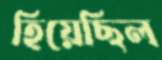
হিয়েছিল